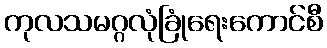
ကုလသမဂ္ဂလုံခြုံရေးကောင်စီ